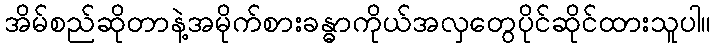
အိမ်စည်ဆိုတာနဲ့အမိုက်စားခန္ဓာကိုယ်အလှတွေပိုင်ဆိုင်ထားသူပါ။